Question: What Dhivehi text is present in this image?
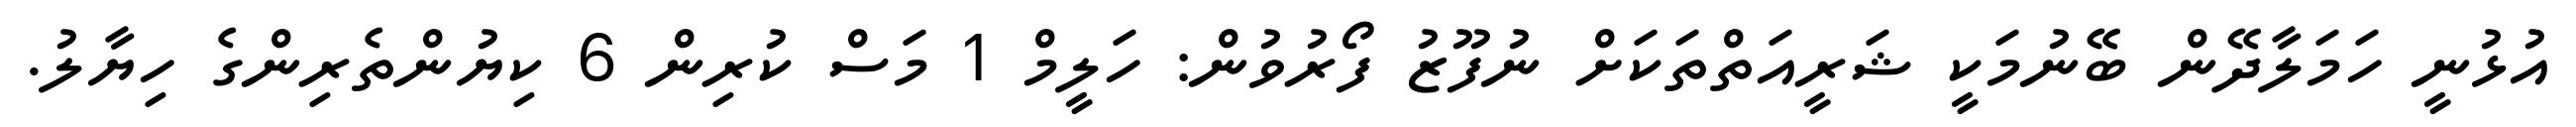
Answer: އުޅުނީ ހަމަލާދޭން ބޭނުމަކީ ޝަރީއަތްތަކަށް ނުފޫޒު ފޯރުވުން: ހަލީމް 1 މަސް ކުރިން 6 ކިޔުންތެރިންގެ ހިޔާލު.